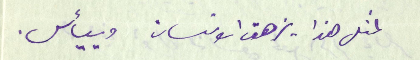
لمثل هذا يزهق الانسان وييأس.